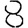
Digit: 8